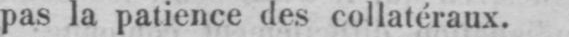
pas la patience des collatéraux.